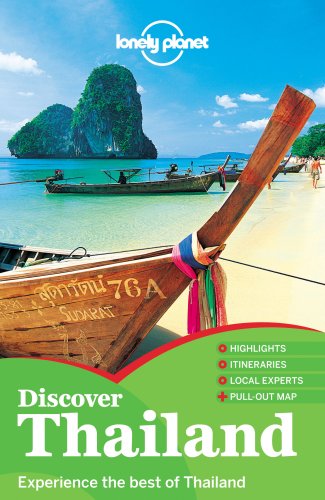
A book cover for Lonely Planet Discover Thailand (Travel Guide); Lonely Planet; Travel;